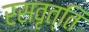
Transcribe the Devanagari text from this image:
रसवृत्ति